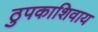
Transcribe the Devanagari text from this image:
ठुपकाशिवाय